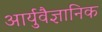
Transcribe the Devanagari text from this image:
आर्युवैज्ञानिक